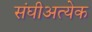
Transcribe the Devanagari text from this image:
संघीअत्येक